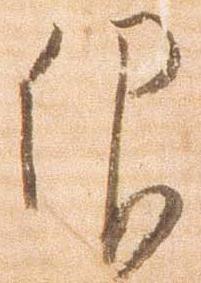
仰